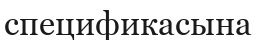
спецификасына